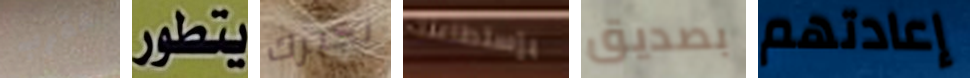
عقرب يتطور نخبرك بإستطاعتك بصديق إعادتهم